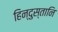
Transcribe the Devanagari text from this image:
हिन्दुस्तानि